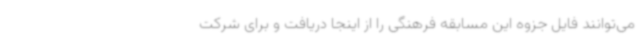
می‌توانند فایل جزوه این مسابقه فرهنگی را از اینجا دریافت و برای شرکت